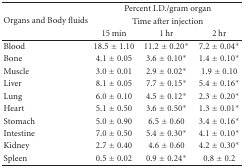
<table><thead><tr><td rowspan="3"><b>Organs and Body fluids</b></td><td colspan="3"><b>Percent I.D./gram organ</b></td></tr><tr><td colspan="3"><b>Time after injection</b></td></tr><tr><td><b> 15 min</b></td><td><b> 1 hr</b></td><td><b> 2 hr </b></td></tr></thead><tbody><tr><td>Blood</td><td> 18.5 ± 1.10</td><td>11.2 ± 0.20*</td><td>7.2 ± 0.04*</td></tr><tr><td>Bone</td><td>4.1 ± 0.05</td><td> 3.6 ± 0.10*</td><td>1.4 ± 0.10*</td></tr><tr><td>Muscle</td><td>3.0 ± 0.01</td><td> 2.9 ± 0.02*</td><td> 1.9 ± 0.10</td></tr><tr><td>Liver</td><td>8.1 ± 0.05</td><td> 7.7 ± 0.15*</td><td>5.4 ± 0.16*</td></tr><tr><td>Lung</td><td>6.0 ± 0.10</td><td> 4.5 ± 0.12*</td><td>2.3 ± 0.20*</td></tr><tr><td>Heart</td><td>5.1 ± 0.50</td><td> 3.6 ± 0.50*</td><td>1.3 ± 0.01*</td></tr><tr><td>Stomach</td><td>5.0 ± 0.90</td><td>6.5 ± 0.60</td><td>3.4 ± 0.16*</td></tr><tr><td>Intestine</td><td>7.0 ± 0.50</td><td> 5.4 ± 0.30*</td><td>4.1 ± 0.10*</td></tr><tr><td>Kidney</td><td> 2.7 ± 0.40</td><td>4.6 ± 0.60</td><td>4.2 ± 0.30*</td></tr><tr><td>Spleen</td><td> 0.5 ± 0.02</td><td> 0.9 ± 0.24*</td><td> 0.8 ± 0.2</td></tr></tbody></table>